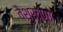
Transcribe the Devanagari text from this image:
वैश्रवणो